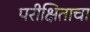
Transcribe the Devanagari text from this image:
परीक्षिताचा